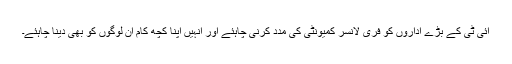
آئی ٹی کے بڑے اداروں کو فری لانسر کمیونٹی کی مدد کرنی چاہئے اور انہیں اپنا کچھ کام ان لوگوں کو بھی دینا چاہئے۔